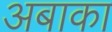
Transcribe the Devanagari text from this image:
अबाका